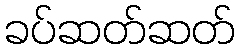
ခပ်ဆတ်ဆတ်